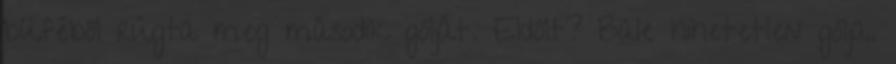
büféből rúgta meg második gólját. Eldőlt? Bale hihetetlen gólja.